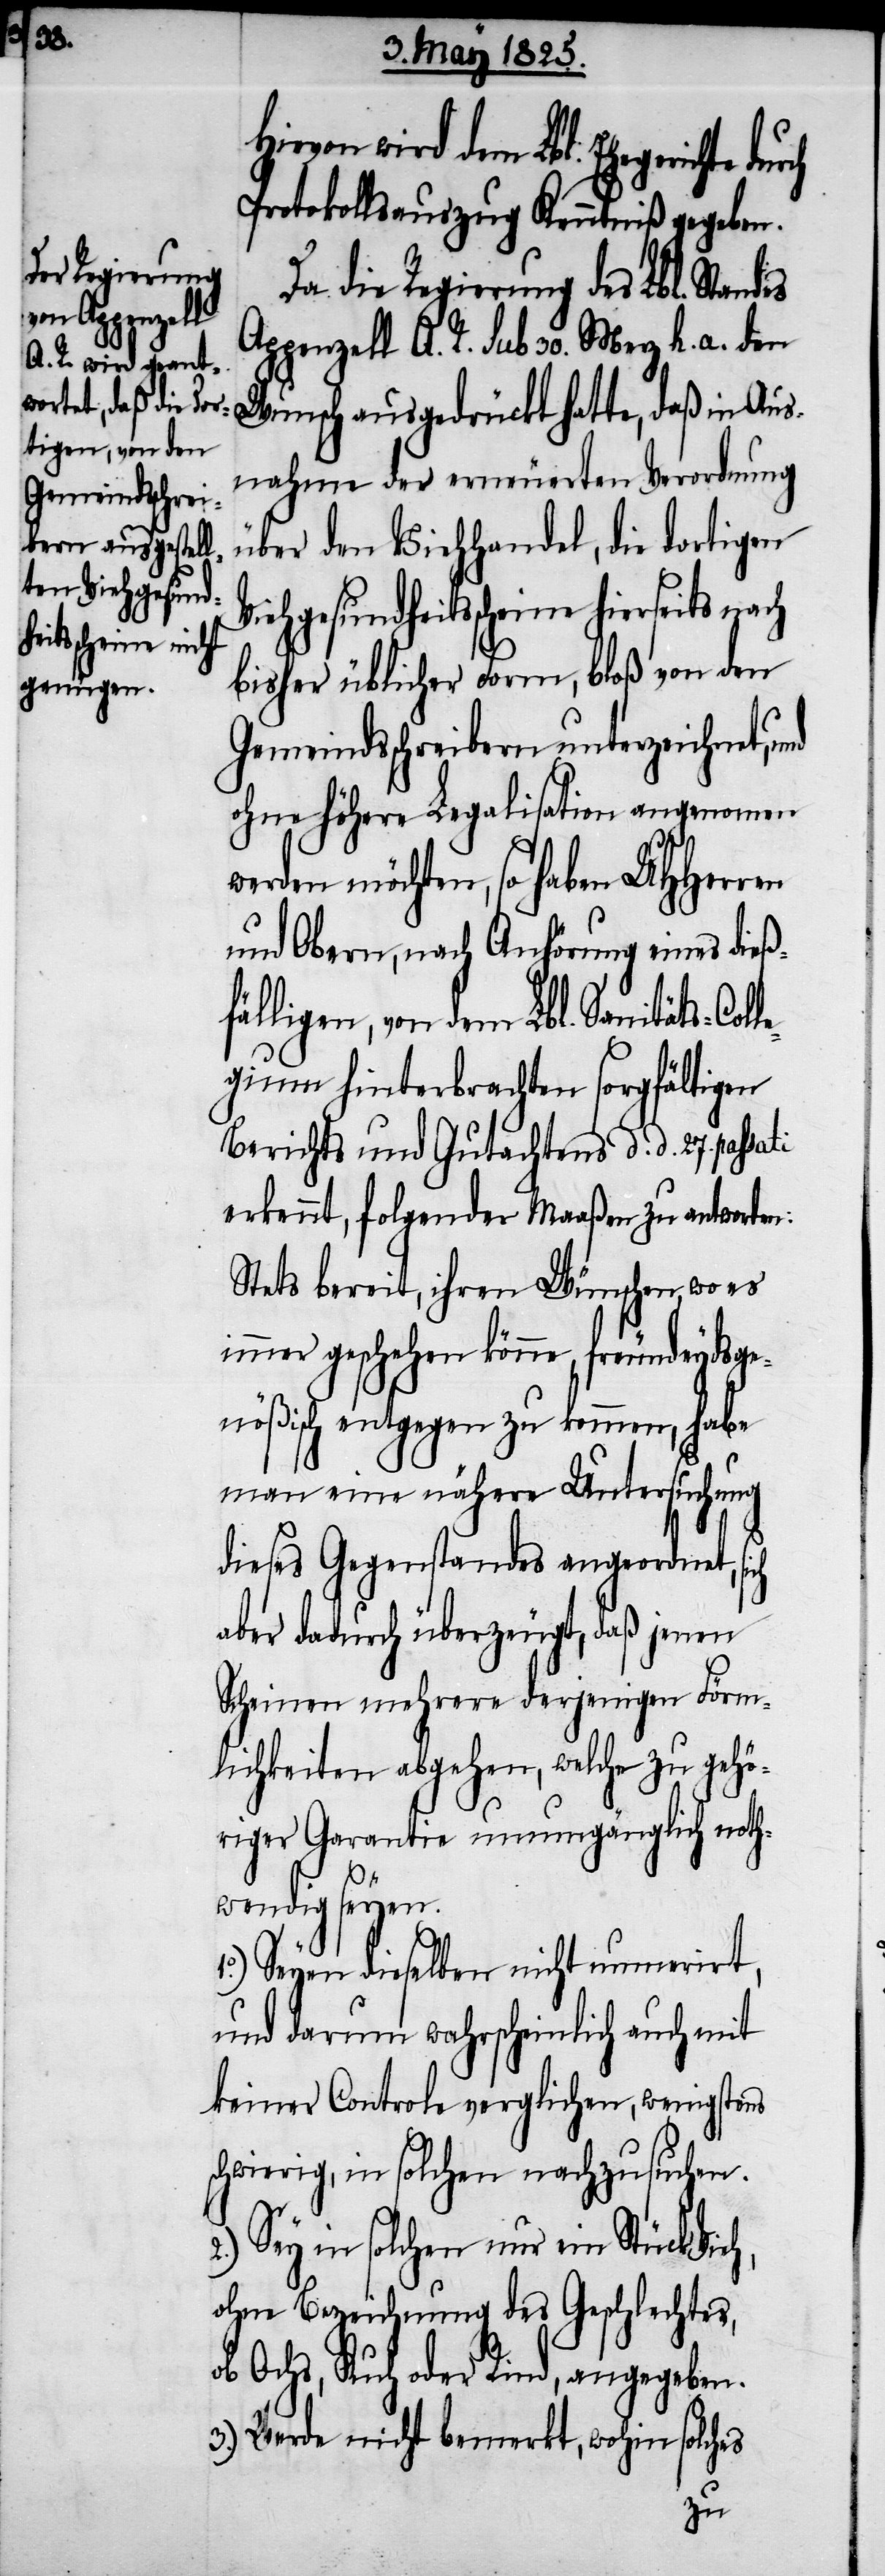
le¬
Hievon wird dem Lbl. Ehegerichte
Protokollsauszug Kenntniß gegeben.
Da die Regierung des Lbl. Standes
Appenzell A. R. sub 30. Mey h. a. d¬
en Wunsch ausgedrückt hatte, daß in Aus¬
nahme der erneuerten Verordnung
über den Viehhandel, die dortigen
Viehgesundheitsscheine hierseits nach
bisher üblicher Form, bloß von den
Gemeindsschreibern unterzeichnet, und
ohne höhere Legalisation angenommen
werden möchte, so haben UHHerren
und Obern, nach Anhörung eines dieß¬
fälligen, von dem Lbl. Sanitäts-Col¬
gium hinterbrachten sorgfältigen
Berichts und Gutachtens d. d. 27. passa¬
erkennt, folgender Maaßen zu antworten:
Stets bereit, ihren Wünschen wo es
immer geschehen könne, freundeydsge¬
nößisch entgegen zu kommen, habe
man eine nähere Untersuchung
dieses Gegenstandes angeordnet,
aber dadurch überzeugt, daß jenen
Scheinen mehrere derjenigen Förm¬
lichkeiten abgehen, welche zu gehö¬
riger Garantie unumgänglich noth¬
wendig seyen.
1.) Seyen dieselben nicht nummerirt,
und darum wahrscheinlich auch mit
keiner Controle verglichen, wenigstens
schwierig, in solchen nachzusuchen.
2.) Sey in solchen nur ein Stück Vieh,
ohne Bezeichnung des Geschlechtes,
ob Ochs, Kuh oder Rind, angegeben.
3.) Werde nicht bemerkt, wohin solches
ti